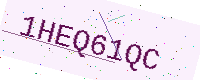
Text: 1HEQ61QC